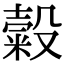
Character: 糓